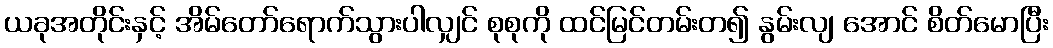
ယခုအတိုင်းနှင့် အိမ်တော်ရောက်သွားပါလျှင် စုစုကို ထင်မြင်တမ်းတ၍ နွမ်းလျ အောင် စိတ်မောပြီး